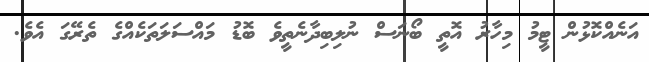
އަނެއްކޮޅުން ޓީމު މިހާރު އޮތީ ބޯނަސް ނުލިބިދާނެތީވެ ބޮޑު މައްސަލަތަކެއްގެ ތެރޭގަ އެވެ.